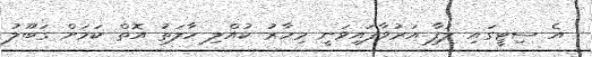
އެ ސިޓީގައި ލަފާ އަރުވާފައިވަނީ މިހާރު ކުއްލި ހާލަތު އޮތް ކަމަށް ގަބޫލު